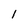
Character: 1